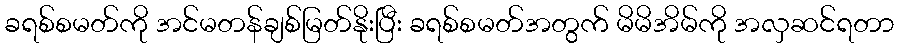
ခရစ်စမတ်ကို အင်မတန်ချစ်မြတ်နိုးပြီး ခရစ်စမတ်အတွက် မိမိအိမ်ကို အလှဆင်ရတာ